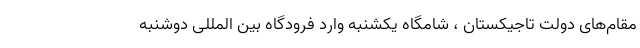
مقام‌های دولت تاجیکستان ، شامگاه یکشنبه وارد فرودگاه بین المللی دوشنبه